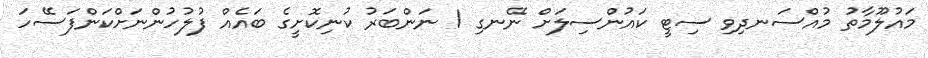
މައުލޫމާތު މުއްސަނދިވި ސިޓީ ކައުންސިލަށް ނޭނގި 1 ނަންބަރު ކުނިކޮށީގެ ބައެއް ފުލުހުންނަށްކަންފަސޭހަ